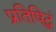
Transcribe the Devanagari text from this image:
प्रतिषिद्धं